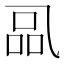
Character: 𰁋